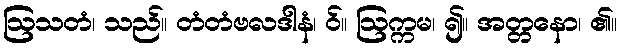
ဩသတံ၊ သည်။ တံတံဗလဒါနံ၊ ဝ်။ ဩက္ကမ၊ ၍။ အတ္တနော၊ ၏။